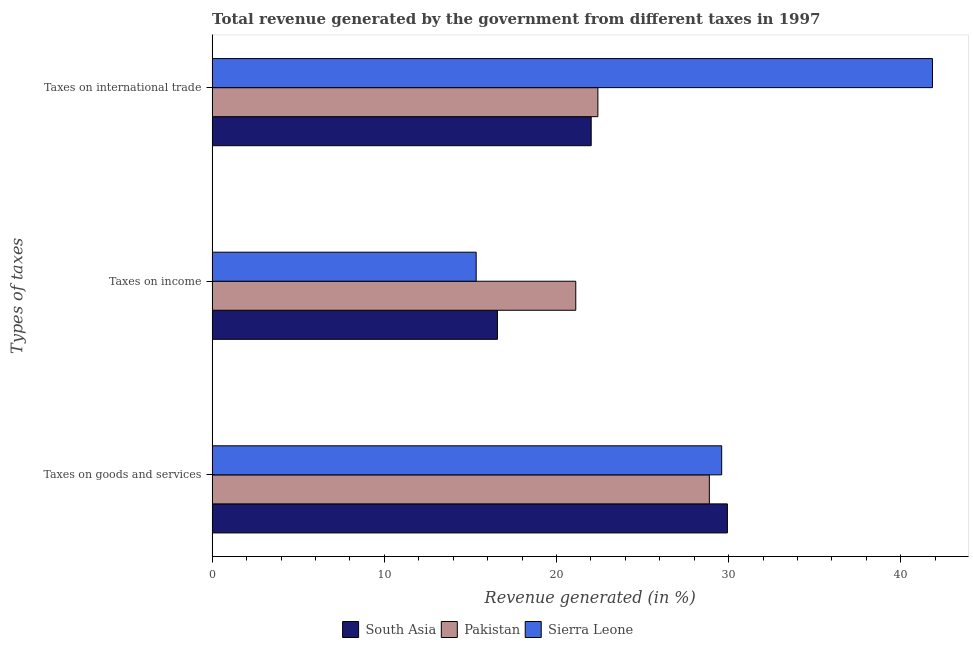
| Types of taxes | South Asia | Pakistan | Sierra Leone |
 | --- | --- | --- | --- |
 | Taxes on goods and services | 29.9 | 28.9 | 29.6 |
 | Taxes on income | 16.6 | 21.1 | 15.3 |
 | Taxes on international trade | 22 | 22.4 | 41.8 |